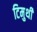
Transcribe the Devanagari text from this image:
टिमुथी